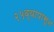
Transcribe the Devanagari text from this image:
२५व्यापासून